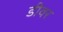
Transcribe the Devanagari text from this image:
डीवर